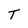
Character: T